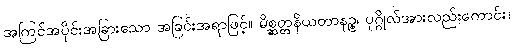
အကြင်အပိုင်းအခြားသော အခြင်းအရာဖြင့်။ မိစ္ဆတ္တနိယတာနဉ္စ၊ ပုဂ္ဂိုလ်အားလည်းကောင်း။